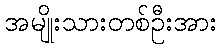
အမျိုးသားတစ်ဦးအား